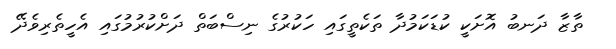
ތާޒާ ދަނބު އޮށަކީ ކުޑަކަމުދާ ތަކެތީގައި ހަކުރުގެ ނިސްބަތް ދަށްކުރުމުގައި އެހީތެރިވެދޭ